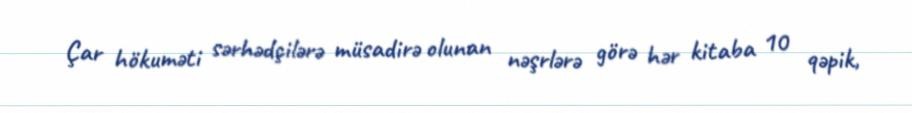
Çar hökuməti sərhədçilərə müsadirə olunan nəşrlərə görə hər kitaba 10 qəpik,